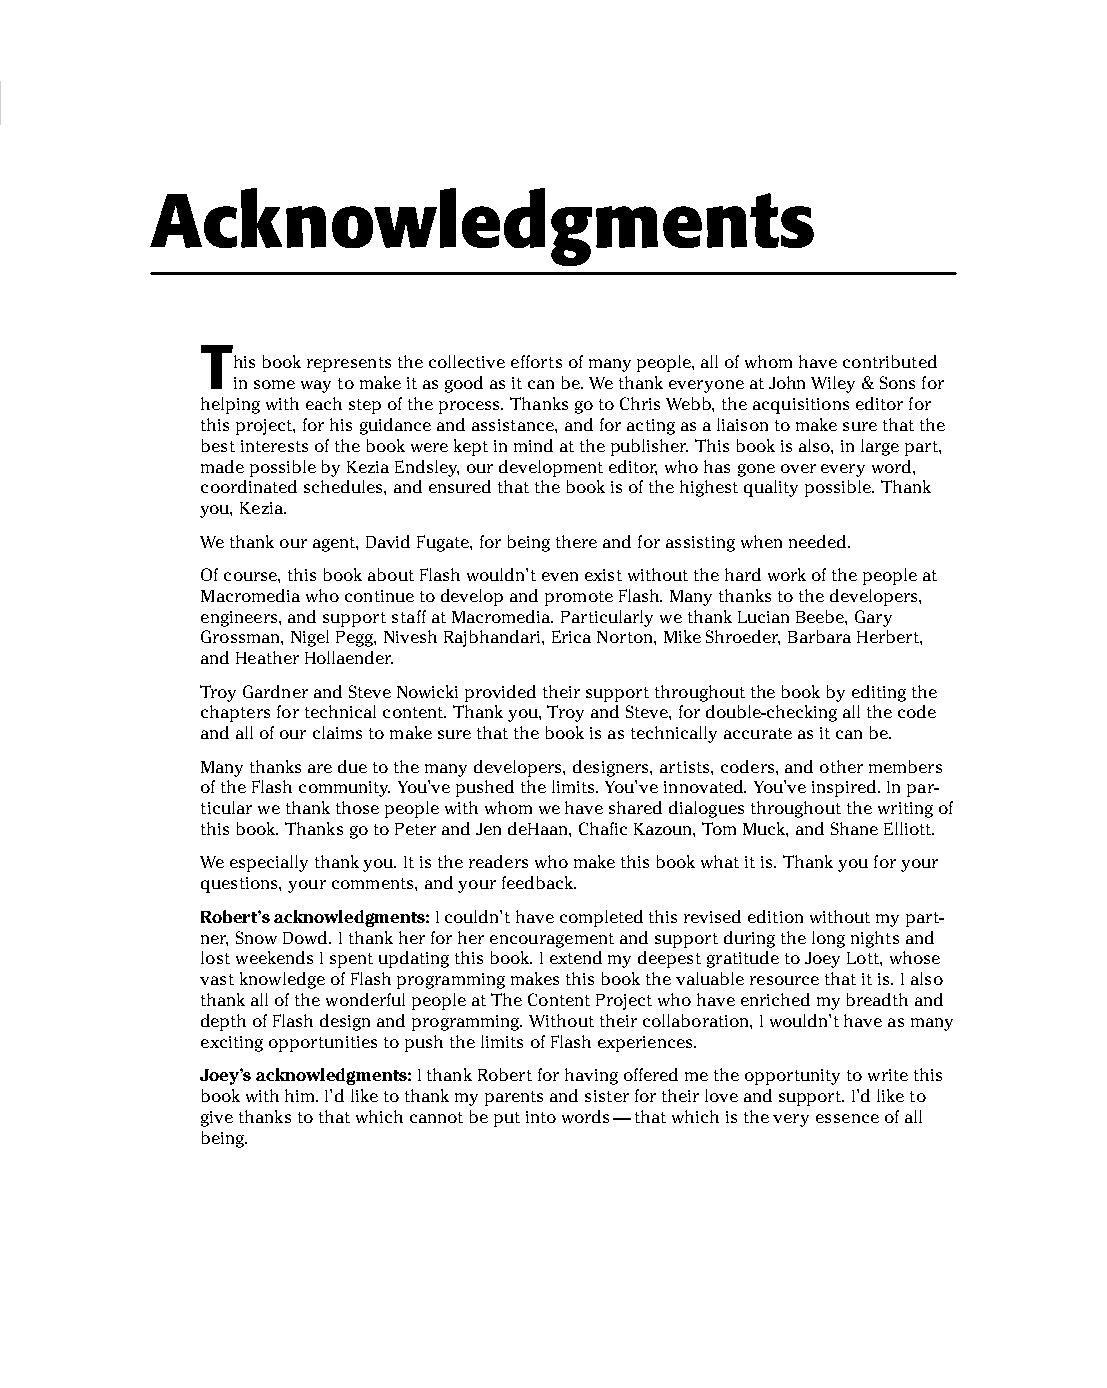
01 543547 FM.qxd 3/24/04 3:51 PM Page xix
 Acknowledgments
 T
 his book represents the collective efforts of many people, all of whom have contributed
 in some way to make it as good as it can be. We thank everyone at John Wiley & Sons for
 helping with each step of the process. Thanks go to Chris Webb, the acquisitions editor for
 this project, for his guidance and assistance, and for acting as a liaison to make sure that the
 best interests of the book were kept in mind at the publisher. This book is also, in large part,
 made possible by Kezia Endsley, our development editor, who has gone over every word,
 coordinated schedules, and ensured that the book is of the highest quality possible. Thank
 you, Kezia.
 We thank our agent, David Fugate, for being there and for assisting when needed.
 Of course, this book about Flash wouldn’t even exist without the hard work of the people at
 Macromedia who continue to develop and promote Flash. Many thanks to the developers,
 engineers, and support staff at Macromedia. Particularly we thank Lucian Beebe, Gary
 Grossman, Nigel Pegg, Nivesh Rajbhandari, Erica Norton, Mike Shroeder, Barbara Herbert,
 and Heather Hollaender.
 Troy Gardner and Steve Nowicki provided their support throughout the book by editing the
 chapters for technical content. Thank you, Troy and Steve, for double-checking all the code
 and all of our claims to make sure that the book is as technically accurate as it can be.
 Many thanks are due to the many developers, designers, artists, coders, and other members
 of the Flash community. You’ve pushed the limits. You’ve innovated. You’ve inspired. In par­
 ticular we thank those people with whom we have shared dialogues throughout the writing of
 this book. Thanks go to Peter and Jen deHaan, Chafic Kazoun, Tom Muck, and Shane Elliott.
 We especially thank you. It is the readers who make this book what it is. Thank you for your
 questions, your comments, and your feedback.
 Robert’s acknowledgments: I couldn’t have completed this revised edition without my part­
 ner, Snow Dowd. I thank her for her encouragement and support during the long nights and
 lost weekends I spent updating this book. I extend my deepest gratitude to Joey Lott, whose
 vast knowledge of Flash programming makes this book the valuable resource that it is. I also
 thank all of the wonderful people at The Content Project who have enriched my breadth and
 depth of Flash design and programming. Without their collaboration, I wouldn’t have as many
 exciting opportunities to push the limits of Flash experiences.
 Joey’s acknowledgments: I thank Robert for having offered me the opportunity to write this
 book with him. I’d like to thank my parents and sister for their love and support. I’d like to
 give thanks to that which cannot be put into words — that which is the very essence of all
 being.